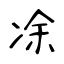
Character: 凃